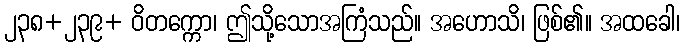
၂၃၈+၂၃၉+ ဝိတက္ကော၊ ဤသို့သောအကြံသည်။ အဟောသိ၊ ဖြစ်၏။ အထခေါ၊